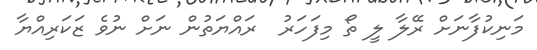
މަނިކުފާނަށް ރޭލާ ލީ ތޯ މިފަހަރު  ރައްޔަތުން ނަށް ނުވެ ޒަކަރިއްޔާ